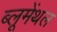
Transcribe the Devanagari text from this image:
ब्लूमेंथल